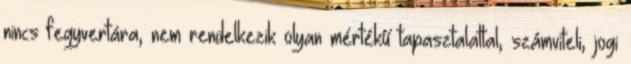
nincs fegyvertára, nem rendelkezik olyan mértékű tapasztalattal, számviteli, jogi